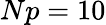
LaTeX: Np=10